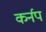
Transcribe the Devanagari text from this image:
कर्नप